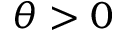
\theta > 0